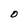
Character: O